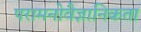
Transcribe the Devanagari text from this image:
परामनोवैज्ञानिकता